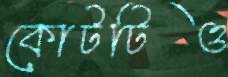
কোটটিও